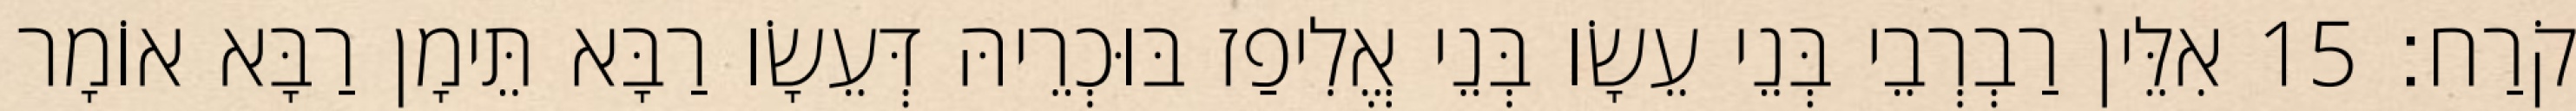
קֹרַח׃ 15 אִלֵּין רַבְרְבֵי בְּנֵי עֵשָׂו בְּנֵי אֱלִיפַז בּוּכְרֵיהּ דְּעֵשָׂו רַבָּא תֵּימָן רַבָּא אוֹמָר